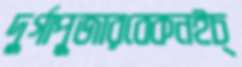
দুর্গাপূজারবেকনইচ্